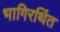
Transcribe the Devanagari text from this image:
भागिरथिंत